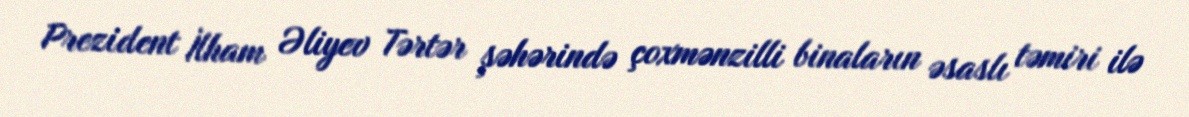
Prezident İlham Əliyev Tərtər şəhərində çoxmənzilli binaların əsaslı təmiri ilə